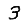
Digit: 3